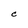
Character: C